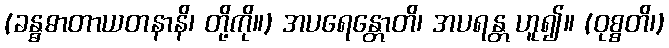
(ခန္ဓဓာတာယတနာနိ၊ တို့ကို။) အပရေန္တောတိ၊ အပရန္တ ဟူ၍။ (ဝုစ္စတိ၊)